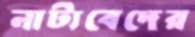
নাট্যবেদের